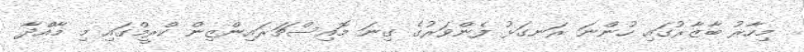
މިހާރު ބާޒާރުގައި ހުންނަ ރަނގަޅު ފެންވަރުގެ ގިނަ މޮއިސްޗަރައިންޒިން ކްރީމްގައި މި މާއްދާ